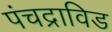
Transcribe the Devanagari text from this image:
पंचद्राविड